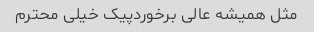
مثل همیشه عالی برخوردپیک خیلی محترم